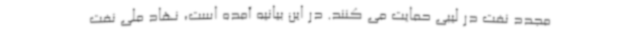
مجدد نفت در لیبی حمایت می کنند. در این بیانیه آمده است، نهاد ملی نفت